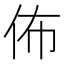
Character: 佈